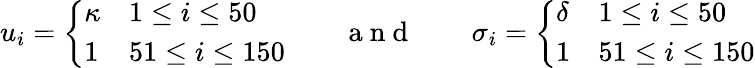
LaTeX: u_{i}=\left\{ \begin{array}{ll}{\kappa}&{1\leq i\leq 50}\\ {1}&{51\leq i\leq 150}\end{array}\right.\qquad\mathrm{~a~n~d~}\qquad\sigma_{i}=\left\{ \begin{array}{ll}{\delta}&{1\leq i\leq 50}\\ {1}&{51\leq i\leq 150}\end{array}\right.